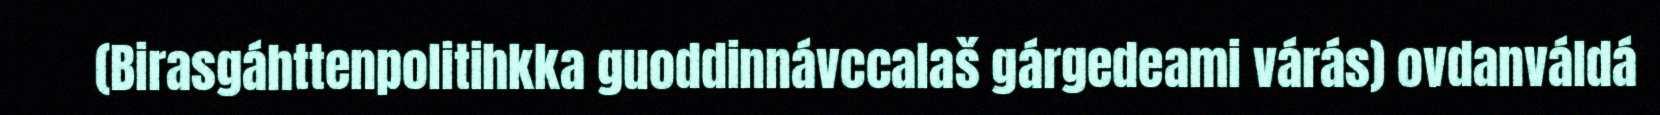
(Birasgáhttenpolitihkka guoddinnávccalaš gárgedeami várás) ovdanváldá